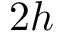
2 h